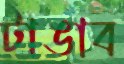
টাঙাব